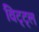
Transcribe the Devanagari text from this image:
विट्ट्ल